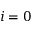
i = 0